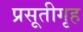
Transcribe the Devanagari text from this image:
प्रसूतीगृह